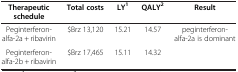
| Therapeutic schedule | Total costs | LY1 | QALY2 | Result |
 | --- | --- | --- | --- | --- |
 | Peginterferon-alfa-2a + ribavirin | $Brz 13,120 | 15.21 | 14.57 | peginterferon-alfa-2a is dominant |
 | Peginterferon-alfa-2b + ribavirin | $Brz 17,465 | 15.11 | 14.32 |  |